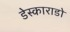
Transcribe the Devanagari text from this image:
डेस्काराडो